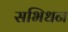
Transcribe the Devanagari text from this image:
सभिधन